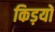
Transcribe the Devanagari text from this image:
किड़यों